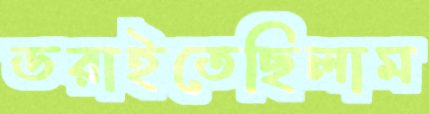
ডরাইতেছিলাম